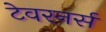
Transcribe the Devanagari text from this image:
टेवरनर्स